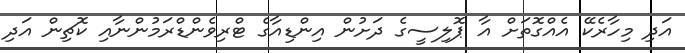
އަދި މިހާރެކޭ އެއްގޮތަށް އާ ޕޮލިސީގެ ދަށުން އިންޑިއާގެ ޓްރިވެންޑްރަމުންނާއި ކޮޗިން އަދި